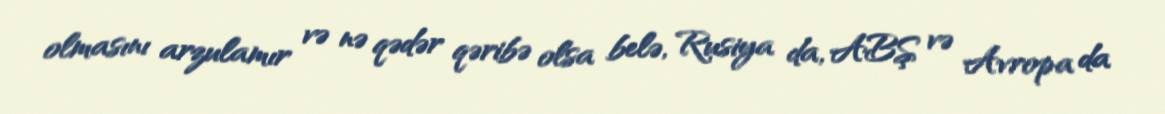
olmasını arzulamır və nə qədər qəribə olsa belə, Rusiya da, ABŞ və Avropa da